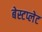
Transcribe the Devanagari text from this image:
बेस्टप्लेट